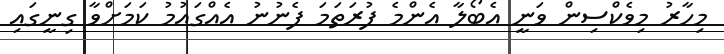
މިހާރު މިވެކްސިން ވަނީ އެބޯލާ އެންމެ ފުރަތަމަ ފެނުނު އެއްގައުމު ކަމަށްވާ ގިނީގައި